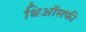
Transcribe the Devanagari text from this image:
थिऑसफी